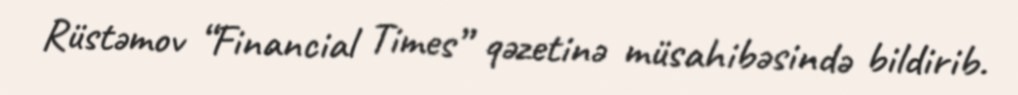
Rüstəmov “Financial Times” qəzetinə müsahibəsində bildirib.